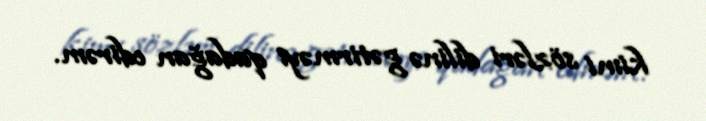
kimi sözləri dilinə gətirməyi qadağan edirəm.